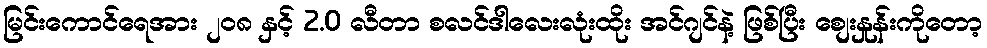
မြင်းကောင်ရေအား ၂ဝ၈ နှင့် 2.0 လီတာ စလင်ဒါလေးလုံးထိုး အင်ဂျင်နဲ့ ဖြစ်ပြီး စျေးနှုန်းကိုတော့